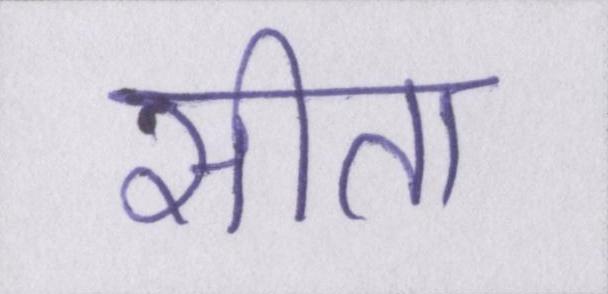
सीता